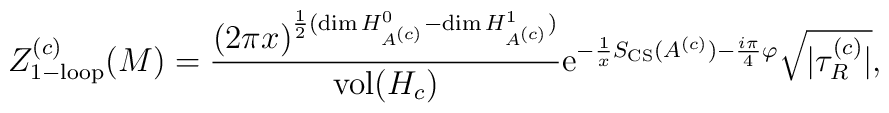
Z^{(c)}_{\rm 1-loop}(M)= { (2 \pi x)^{ {1\over2}({\rm dim}\, H^0_{A^{(c)}} - {\rm dim}\, H^1_{A^{(c)}} )} \over{\rm vol} (H_c)} {\rm e}^{-{1 \over x} S_{\rm CS}(A^{(c)}) -{i \pi\over 4}\varphi} {\sqrt {| \tau^{(c)}_R|}},